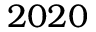
2 0 2 0